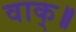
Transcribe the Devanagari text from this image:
वाक्॥